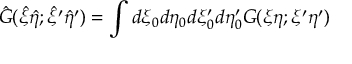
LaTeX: { \hat { G } } ( { \hat { \xi } } { \hat { \eta } } ; { \hat { \xi } } ^ { \prime } { \hat { \eta } } ^ { \prime } ) = \int { d \xi _ { 0 } d \eta _ { 0 } d \xi _ { 0 } ^ { \prime } d \eta _ { 0 } ^ { \prime } } G ( \xi \eta ; \xi ^ { \prime } \eta ^ { \prime } )